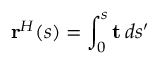
\mathbf { r } ^ { H } ( s ) = \int _ { 0 } ^ { s } \mathbf { t } \, d s ^ { \prime }